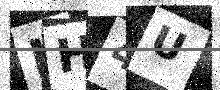
Text: IH4U